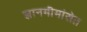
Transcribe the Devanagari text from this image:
ज्ञानमीमांसेत